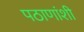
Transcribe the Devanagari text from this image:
पठाणांशी